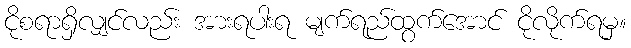
ငိုစရာရှိလျှင်လည်း အားရပါးရ မျက်ရည်ထွက်အောင် ငိုလိုက်ရမှ။